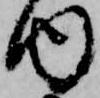
内